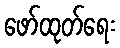
ဖော်ထုတ်ရေး